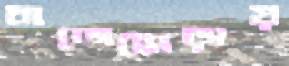
বাজেহোড়ায়